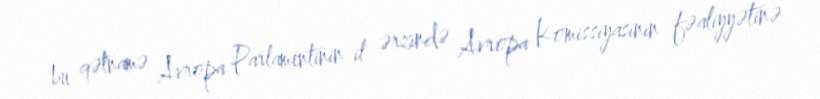
bu qətnamə Avropa Parlamentinin il ərzində Avropa Komissiyasının fəaliyyətinə